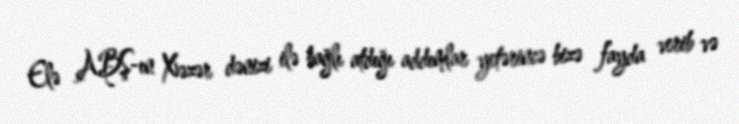
Elə ABŞ-ın Xəzər dənizi ilə bağlı atdığı addımlar yetərincə bizə fayda verib və